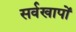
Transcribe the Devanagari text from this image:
सर्वखापों